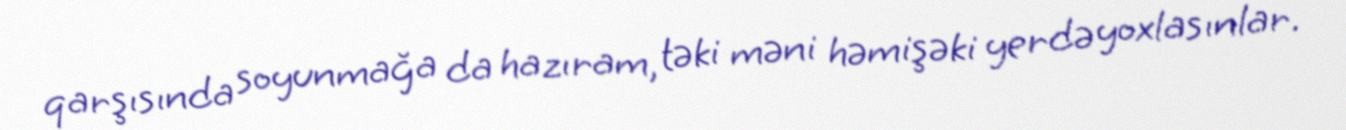
qarşısında soyunmağa da hazıram, təki məni həmişəki yerdə yoxlasınlar.